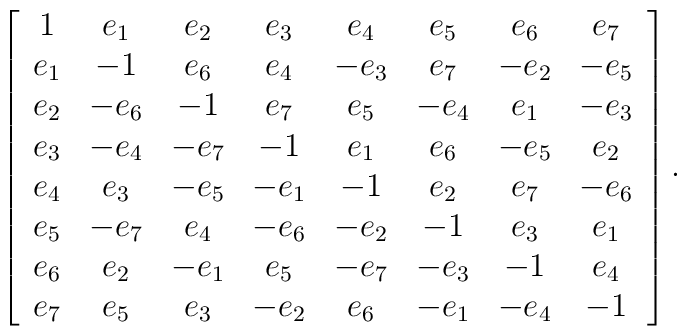
\left[ \begin{array} {cccccccc}1 & e_{1} & e_{2} & e_{3} & e_{4}  & e_{5} & e_{6} & e_{7}\\e_{1}&-1&e_{6}&e_{4}&-e_{3}&e_{7}&-e_{2}&-e_{5}\\e_{2}&-e_{6}&-1&e_{7}&e_{5}&-e_{4}&e_{1}&-e_{3}\\e_{3}&-e_{4}&-e_{7}&-1&e_{1}&e_{6}&-e_{5}&e_{2}\\e_{4}&e_{3}&-e_{5}&-e_{1}&-1&e_{2}&e_{7}&-e_{6}\\e_{5}&-e_{7}&e_{4}&-e_{6}&-e_{2}&-1&e_{3}&e_{1}\\e_{6}&e_{2}&-e_{1}&e_{5}&-e_{7}&-e_{3}&-1&e_{4}\\e_{7}&e_{5}&e_{3}&-e_{2}&e_{6}&-e_{1}&-e_{4}&-1\\\end{array} \right].